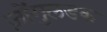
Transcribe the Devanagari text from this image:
ज़ोंगुलडक